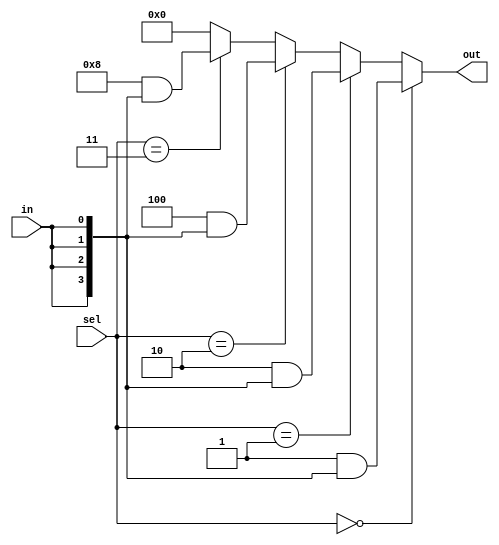
module demux1to4 (
    input wire in,
    input wire [1:0] sel,
    output wire [3:0] out
);

assign out = (sel == 2'b00) ? 4'b0001 << 0 & {4{in}} :
             (sel == 2'b01) ? 4'b0001 << 1 & {4{in}} :
             (sel == 2'b10) ? 4'b0001 << 2 & {4{in}} :
             (sel == 2'b11) ? 4'b0001 << 3 & {4{in}} : 4'b0000;

endmodule